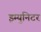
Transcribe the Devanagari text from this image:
इम्युनिटर